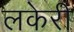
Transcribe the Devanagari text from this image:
लकेरी